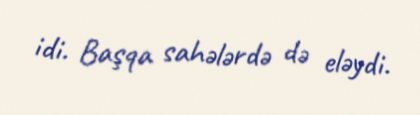
idi. Başqa sahələrdə də eləydi.